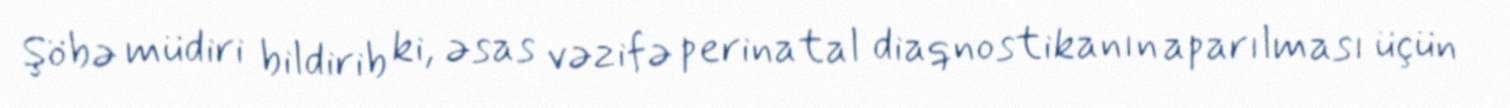
Şöbə müdiri bildirib ki, əsas vəzifə perinatal diaqnostikanın aparılması üçün